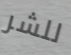
للشر